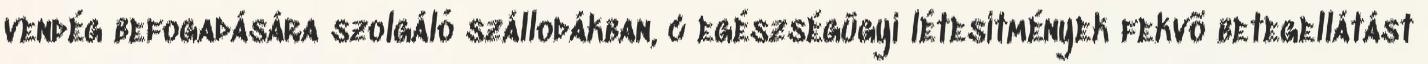
vendég befogadására szolgáló szállodákban, c egészségügyi létesítmények fekvõ betegellátást